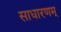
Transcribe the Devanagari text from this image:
साधारणम्